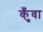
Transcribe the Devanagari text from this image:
कुँवा